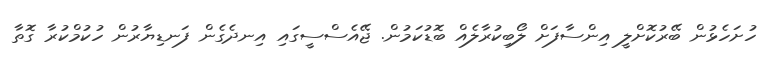
ހުށަހެޅުން ބޭރުކޮށްލީ އިންސާފަށް ލޯބިކުރާލެއް ބޮޑުކަމުން. ޖޭއެސްސީގައި އިނދެގެން ފަނޑިޔާރުން ހުކުމްކުރާ ގޮތާ